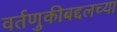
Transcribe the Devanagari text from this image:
वर्तणुकीबद्दलच्या